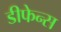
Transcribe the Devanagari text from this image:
डीफेन्स